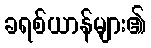
ခရစ်ယာန်များ၏